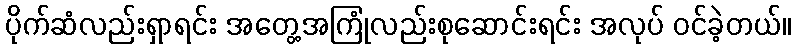
ပိုက်ဆံလည်းရှာရင်း အတွေ့အကြုံလည်းစုဆောင်းရင်း အလုပ် ဝင်ခဲ့တယ်။